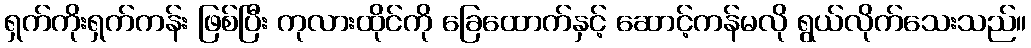
ရှက်ကိုးရှက်ကန်း ဖြစ်ပြီး ကုလားထိုင်ကို ခြေထောက်နှင့် ဆောင့်ကန်မလို ရွယ်လိုက်သေးသည်။